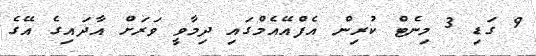
9 ގަޑި 3 މިނެޓް ކުރިން އެފްއޭއެމްގައި ދިމާވީ ވަރަށް އާދައިގެ އޭގެ